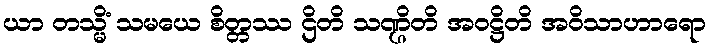
ယာ တသ္မိံ သမယေ စိတ္တဿ ဌိတိ သဏ္ဌိတိ အဝဋ္ဌိတိ အဝိသာဟာရော